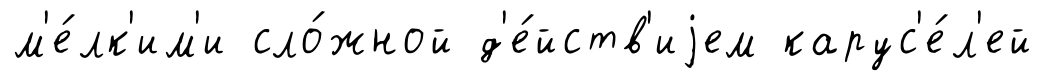
м'е́лк'им'и сло́жной д'е́йств'иjем карус'е́л'ей